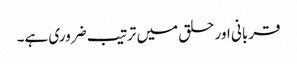
قربانی اور حلق میں ترتیب ضروری ہے۔